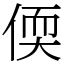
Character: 偄